Scottish Leaving Certificate Examination, 1958
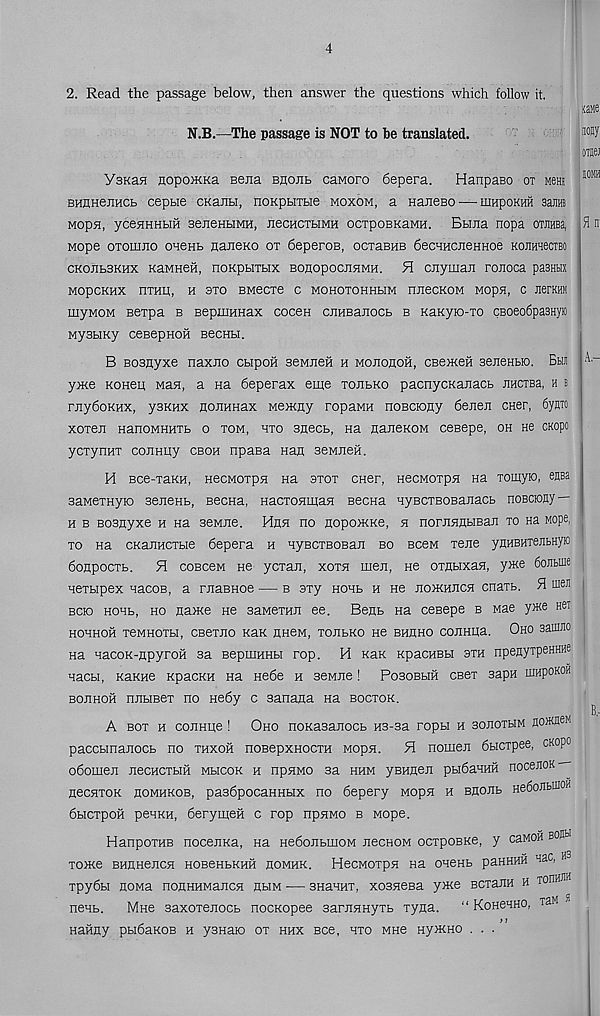
4
2. Read the passage below, then answer the questions which follow it.
N.B.—The passage is NOT to be translated.
YsKaa nopoMKa nena bhohb caworo 6epera.
Hanpaso ot Mem
BHUHejincb cepbie cKanbi, noKpHTtie moxom, a HaneBO'—iuhpokhh amt
M0p5I, yceHHHBIH SeJieHHMH, JieCHCTBIMH OCTpOBKaMH. BbUia nopa OTJIHBa,
Mope oTomno ouenb naneKo ox deperos, ocxasuB decHHcnenHoe KOJimecTBO
CKOJibSKHx KaMHefi, noKpbixux BonopocjiHMH. 51 cjiyman ronoca pasma
MopcKHX nxHit, h 3xo BMecxe c mohoxohhhm nnecKOM Mopa, C JierKHH
rnywoM eexpa b BepinHHax cocen cnHsanocb b KaKyio-xo cBoeodpasHyio
Mysbixy cesepHOH BecHH.
B Bosnyxe naxno Cbipoil seMnen h mojiohoh, CBe^Keii aenenbio. Bhi
yx<e Koneu Man, a Ha deperax eme xoubko pacnycKanacb JiHCTBa, h b
rnydoKHx, ysnux nojinnax Mencny ropaMH noBciony denen cner, 6yjrro
xoxen HanoMHHXb o xom, hxo sjiecb, Ha naneKOM ceBepe, oh He CKopo
ycxynux connity cboh npaBa nan seMneh.
H Bce-xaKH, HecMOxpn na sxox cner, HecMorpn na xomyio, sm
aaMexHyio senenb, Becna, HacxoHinaH Becna HyBCXBOBanacb noBCiony —
h b Bosayxe h Ha sewne. Hhh no nopomKe, h nonraflbiBaJi xo Ha Mope,
xo Ha cKauncxbie depera h nyBOXBOBan bo bcbm xene ynHBHxejibHyio
doapooxb. H coBcew He ycxan, xoxh men, He oxnuxan, yate 6oJibine
nexbipex nacoB, a rnaBHoe — b sxy hohb h He noHcancn cnaxb. ft u iejI
boo HOHb, ho name ne saMexnn ee. Benb na cesepe b Mae yme ner
hohhoh xeMHoxbi, csexno Ran nneM, xonbKo ne bhuho conHua. Oho saimio
Ha nacoK-npyroH sa BepmHHbi rop. H Kan KpacHBbi sxh npenyxpeHHHe
nacbi, KaKne KpacKH Ha nede h aeMne! Pobobhh csex sapn umpoKOH
bojihoh nnbmex no Hedy c Banana Ha bocxok.
A box h connue ! Oho noKasanocb m-aa ropbi h bojioxhm noffifleh
paccbinanocb no xhxoh noBepxHoexH Mopn. H nomen dbicxpee, CKopo
odomen necncxbiH mmcok h npnMO sa hhm yBnnen pbidanHii nocenoK--
necnxoK homhkob, pasdpocaHHHx no depery Mopn h snonb HedonbinoH
dbicxpoH penKH, derymeh c rop npnMO b Mope.
HanpoxHB nocenKa, na nedonbrnoM necHOM ocxpoBKe, y caMoii BOjibi
xome BHnHencn HOBenbKHH homhk. HecMOxpn na OHeHb paHHHH nac, hb
xpydbi nowa nonHHMancn nbiM •— BnaHHX, xosneBa yme BcxanH h tonwM
nenb.
Mne saxoxenocb nocKopee sarnnHyxb xyna. “ Kohchho, tem
nanny pbidanoB n yanaio ox hhx see, hxo mhb Hymno . . .